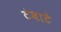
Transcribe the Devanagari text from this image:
टंबाटे